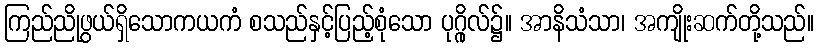
ကြည်ညိုဖွယ်ရှိသောကယကံ စသည်နှင့်ပြည့်စုံသော ပုဂ္ဂိုလ်၌။ အာနိသံသာ၊ အကျိုးဆက်တို့သည်။